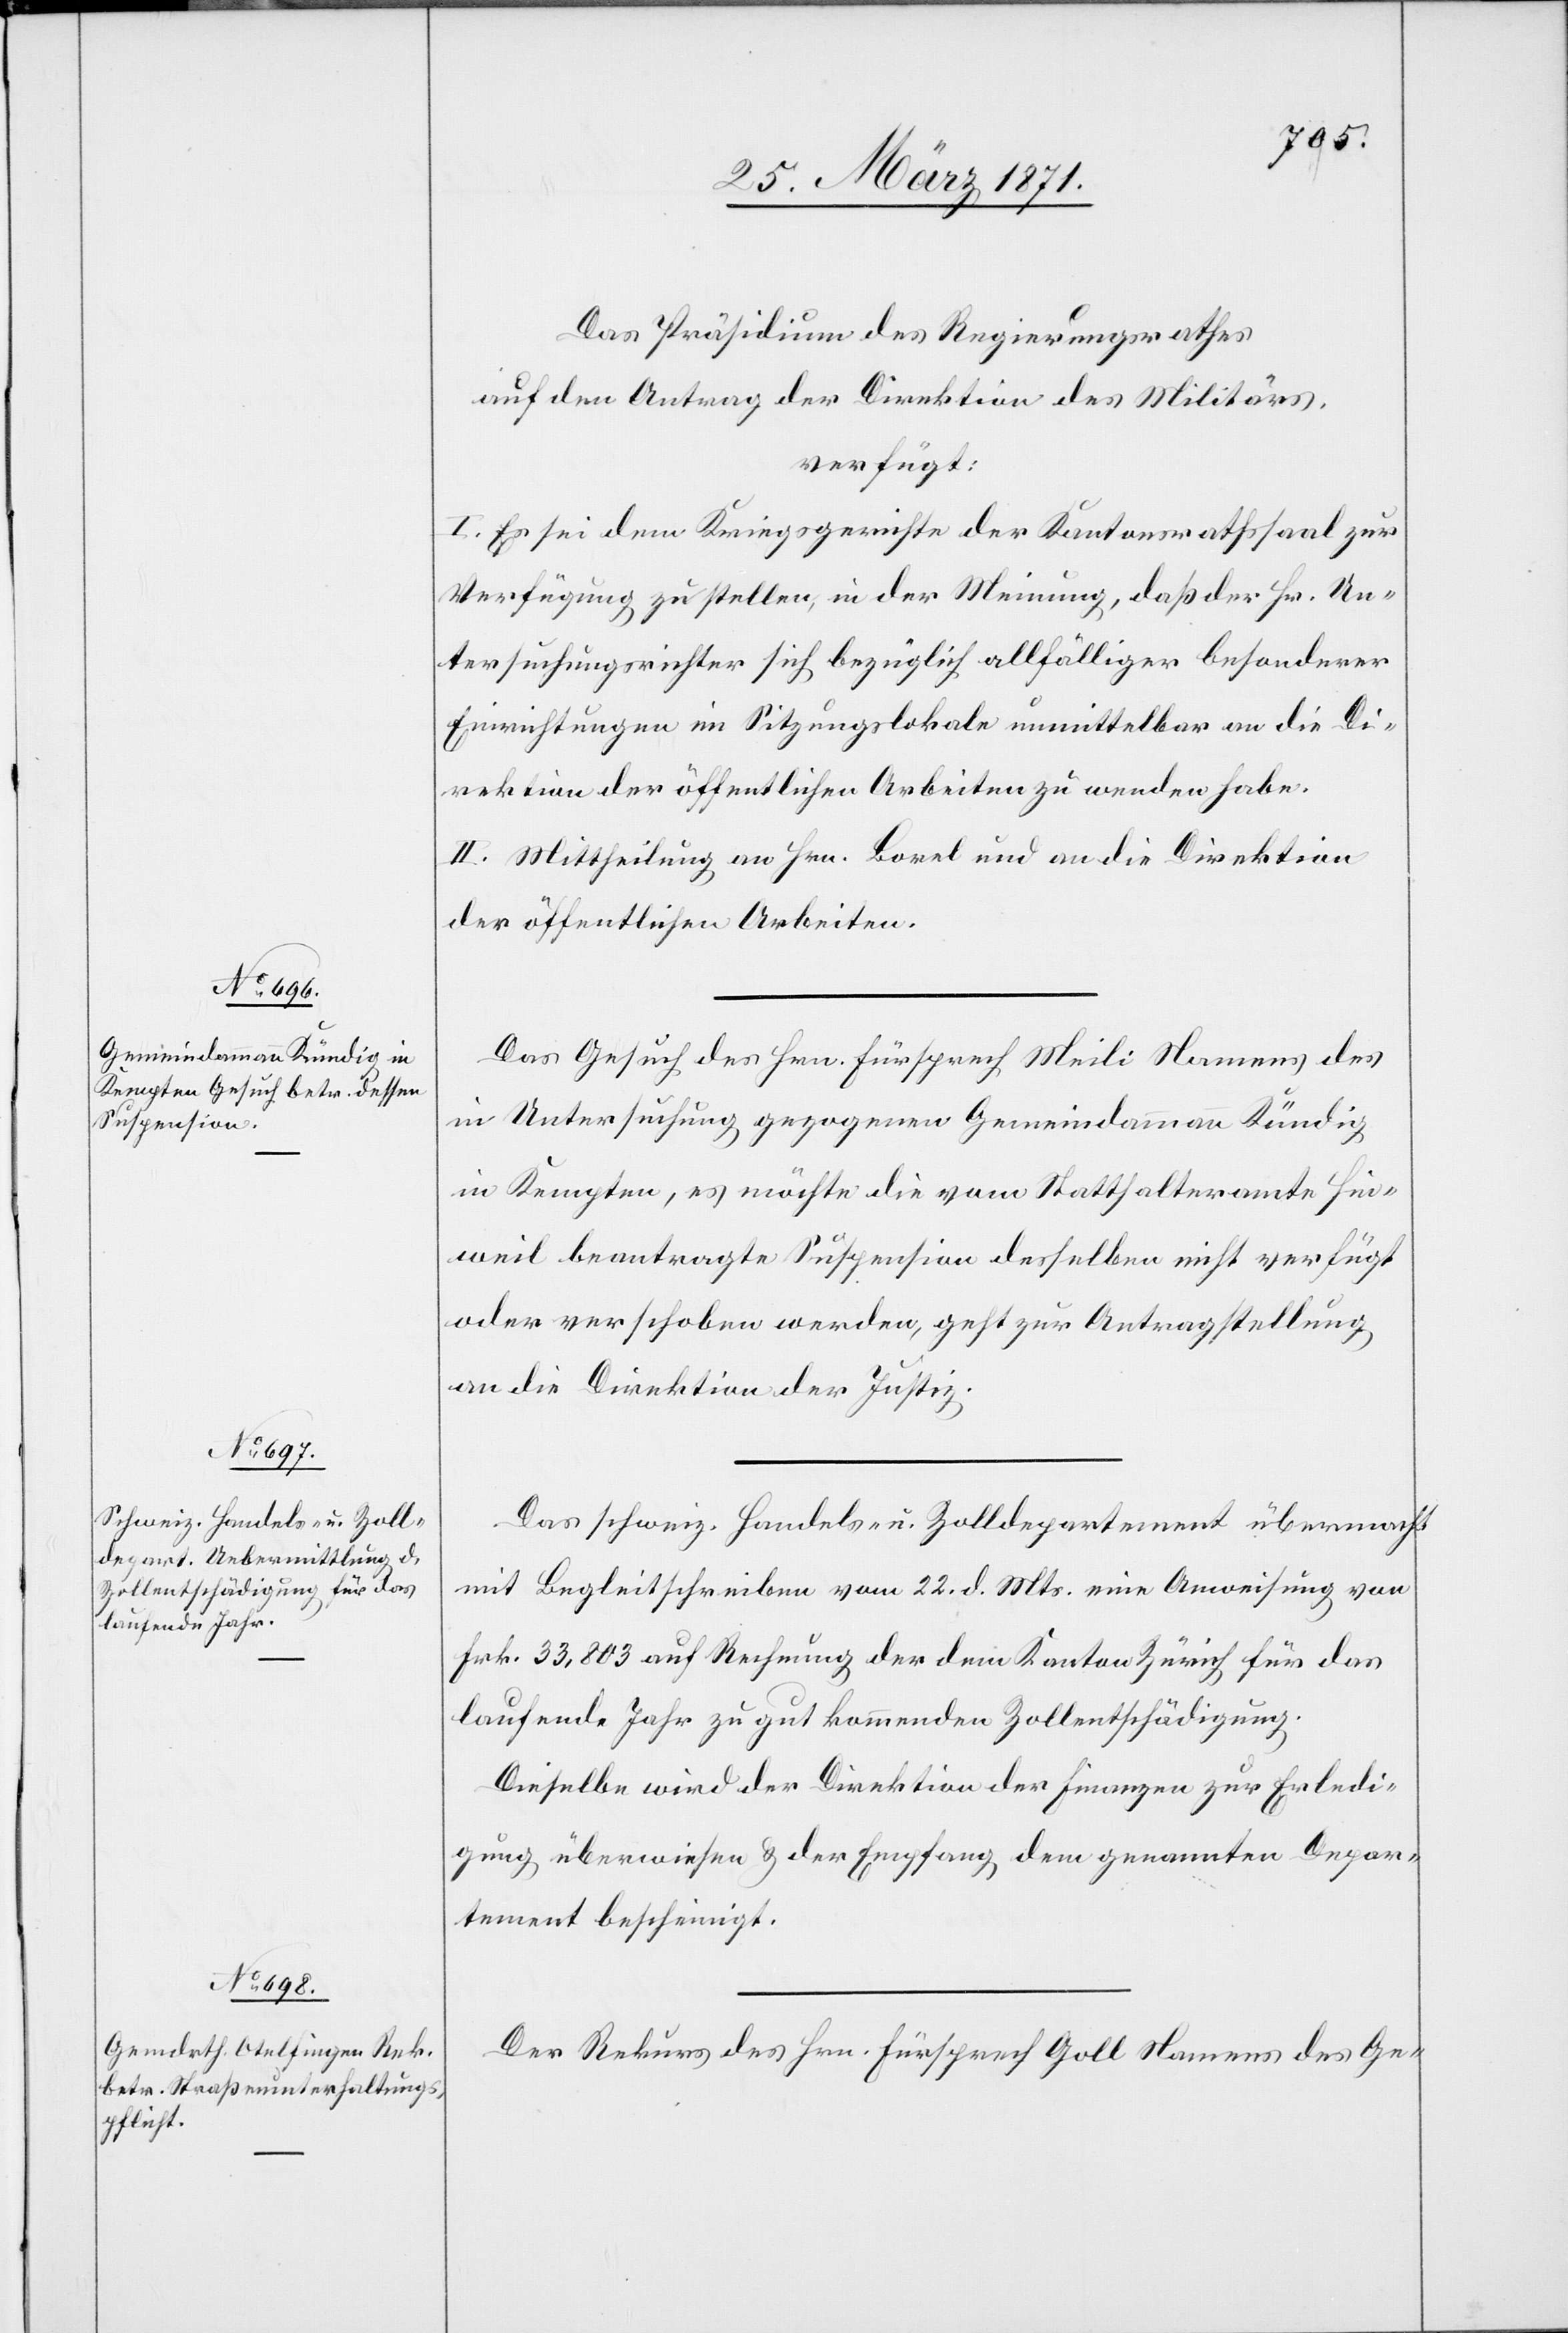
28. März 1871.]
Das Präsidium des Regierungsrathes
auf den Antrag der Direktion des Militärs,
verfügt:
I. Es sei dem Kriegsgerichte der Kantonsrathssaal zur
Verfügung zu stellen, in der Meinung, daß der Hr. Un¬
tersuchungsrichter sich bezüglich allfälliger besonderer
Einrichtungen im Sitzungslokale unmittelbar an die Di¬
rektion der öffentlichen Arbeiten zu wenden habe.
II. Mittheilung an Hrn. Borel und an die Direktion
der öffentlichen Arbeiten.
Das Gesuch des Hrn. Fürsprech Meili Namens des
in Untersuchung gezogenen Gemeindammann Kündig
in Kempten, es möchte die vom Statthalteramt Hin¬
weil beantragte Suspension desselben nicht verfügt
oder verschoben werden, geht zur Antragstellung
an die Direktion der Justiz.
Das schweiz. Handels- u. Zolldepartement übermacht
mit Begleitschreiben vom 22. d. Mts. eine Anweisung von
Frk. 33,803 auf Rechnung der dem Kanton Zürich für das
laufende Jahr zu gut kommenden Zollentschädigung.
Dieselbe wird der Direktion der Finanzen zur Erledi¬
gung überwiesen u. der Empfang dem genannten Depar¬
tement bescheinigt.
Der Rekurs des Hrn. Fürsprech Goll Namens des Ge-